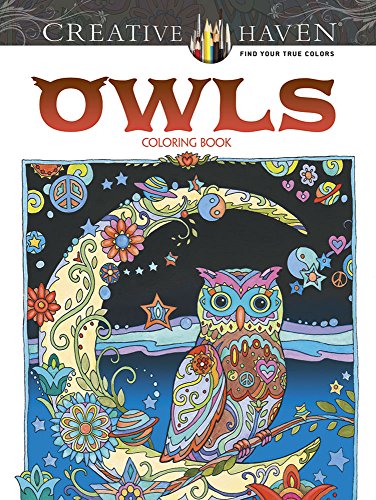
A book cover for Creative Haven Owls Coloring Book (Creative Haven Coloring Books); Marjorie Sarnat; Humor & Entertainment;